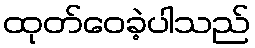
ထုတ်ဝေခဲ့ပါသည်